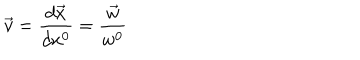
\vec { v } = \frac { d \vec { x } } { d x ^ { 0 } } = \frac { \vec { w } } { w ^ { 0 } }